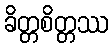
ခိတ္တစိတ္တဿ